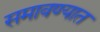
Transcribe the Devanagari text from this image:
समावण्यात